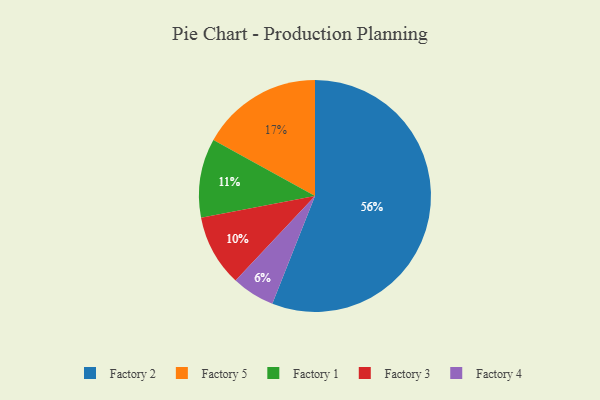
{"axis": {"x": "Category", "y": "Percentage"}, "legend": ["Factory 1", "Factory 2", "Factory 3", "Factory 4", "Factory 5"], "data": [{"x": "Factory 5", "y": 17, "type": "Factory 5"}, {"x": "Factory 3", "y": 10, "type": "Factory 3"}, {"x": "Factory 1", "y": 11, "type": "Factory 1"}, {"x": "Factory 2", "y": 56, "type": "Factory 2"}, {"x": "Factory 4", "y": 6, "type": "Factory 4"}]}